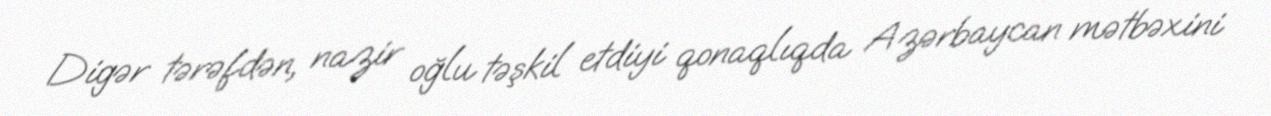
Digər tərəfdən, nazir oğlu təşkil etdiyi qonaqlıqda Azərbaycan mətbəxini